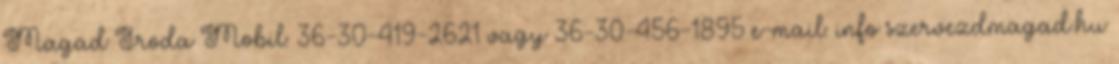
Magad Iroda Mobil: 36-30-419-2621 vagy 36-30-456-1895 e-mail: info szervezdmagad.hu